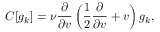
C [ g _ { k } ] = \nu \frac { \partial } { \partial v } \left( \frac { 1 } { 2 } \frac { \partial } { \partial v } + v \right) g _ { k } ,